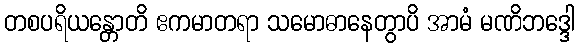
တစပရိယန္တောတိ ဧကမာတရာ သမောဓာနေတွာပိ အာမံ မဏိဘဒ္ဒေါ